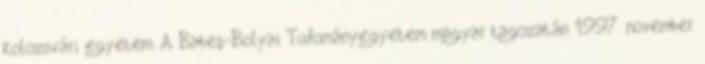
kolozsvári egyetem. A Babeş-Bolyai Tudományegyetem magyar tagozatán 1997. november